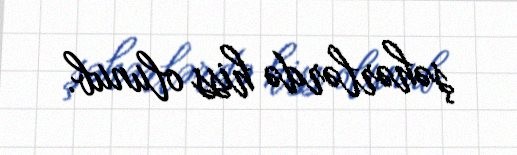
şəhərlərdə hiss olunub.